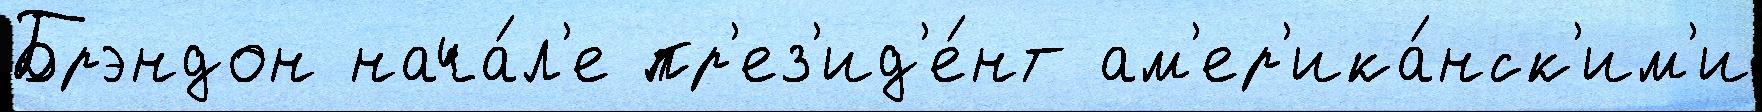
Брэндон нача́л'е пр'ез'ид'е́нт ам'ер'ика́нск'им'и